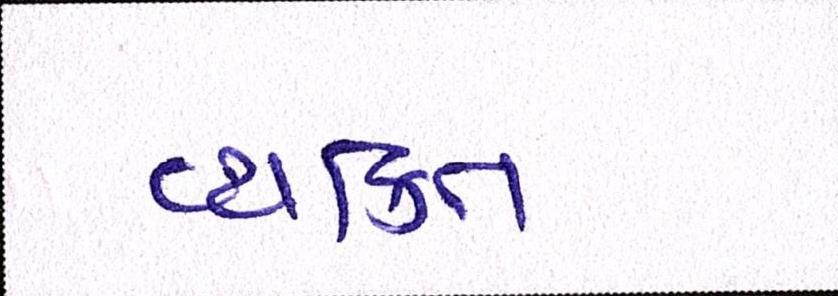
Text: વ્યક્તિ